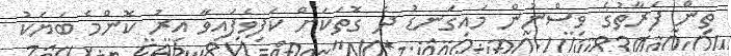
ތިން ފަރާތުގެ ވިސްނުން މައިގަނޑު ދެ ގޮތަކަށް ކަފިވެފައިވާ އިރު ކޮންމެ ބަޔަކު